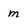
Character: m